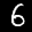
Label: 6